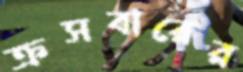
ক্রসবারের